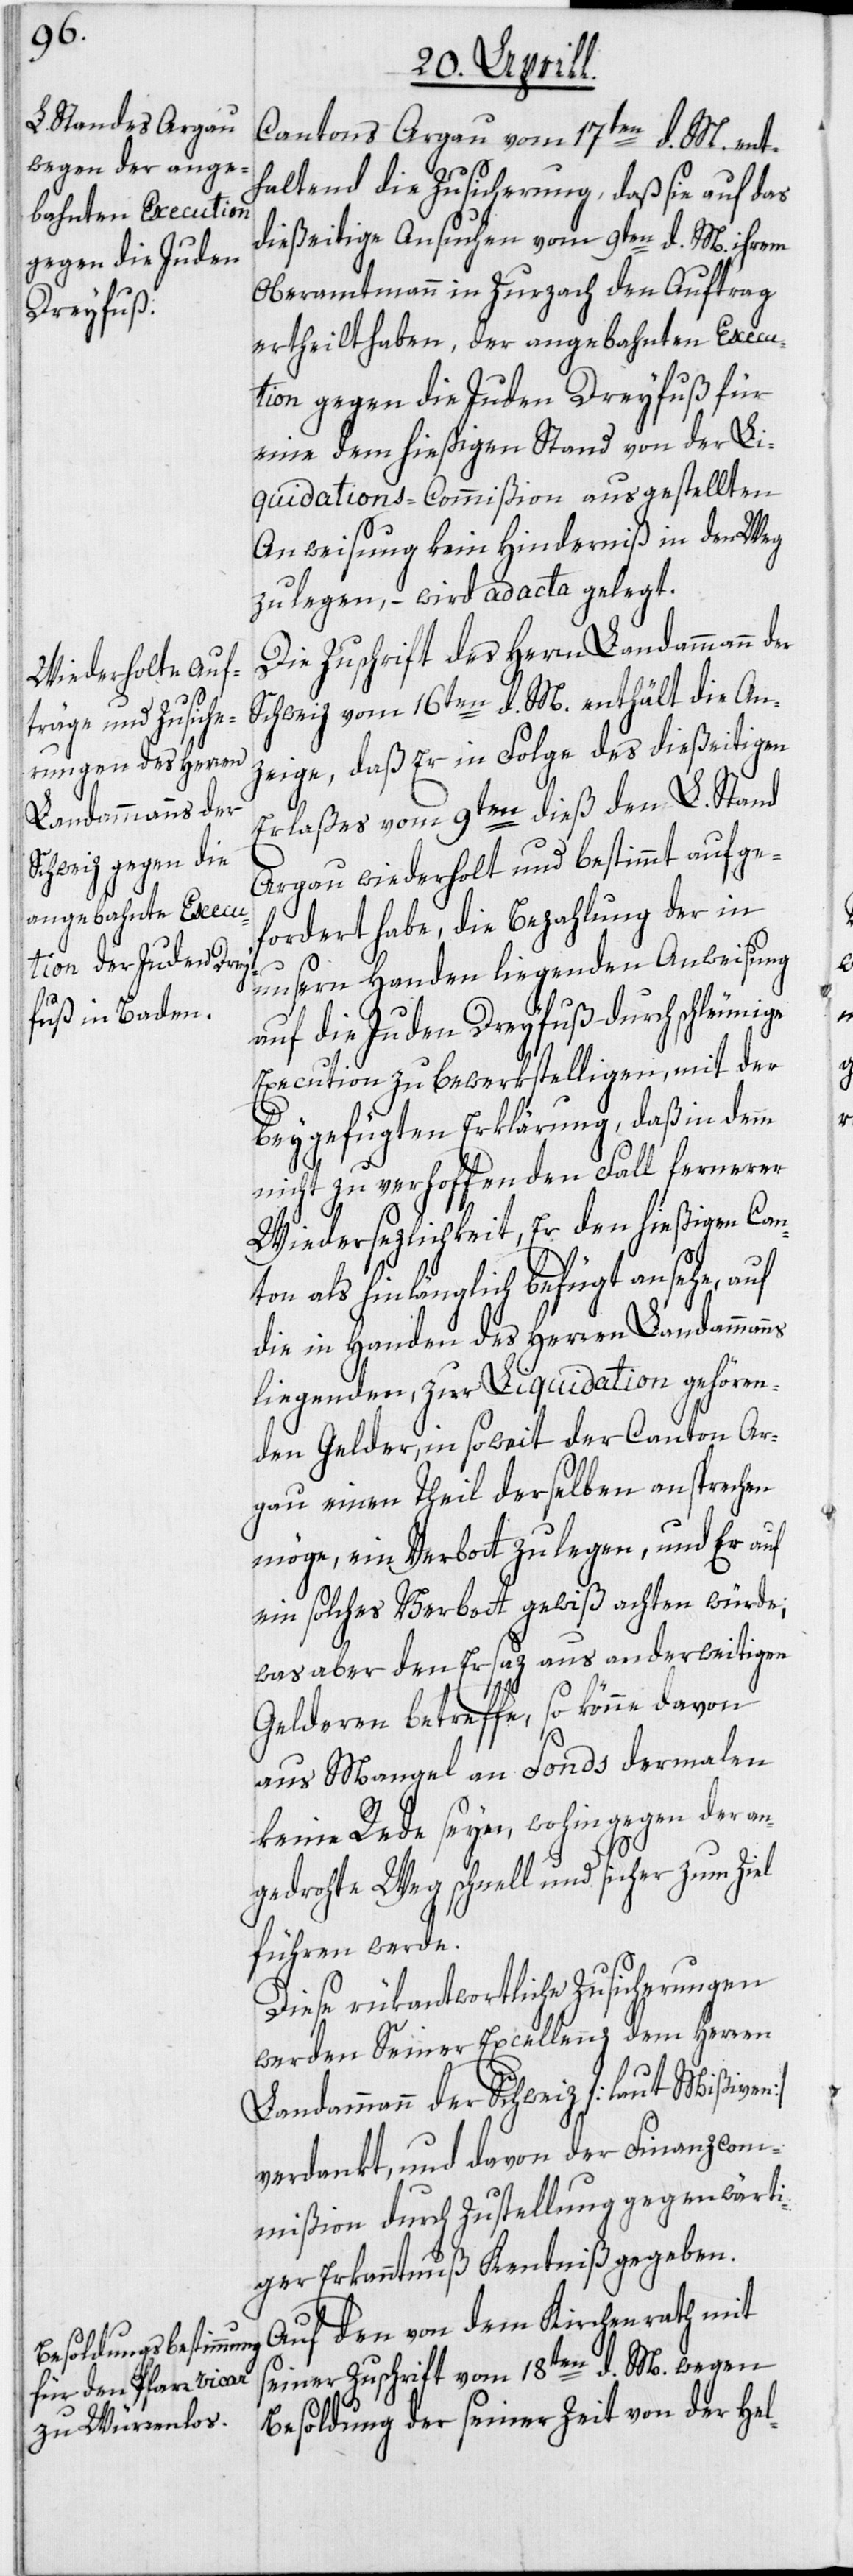
Cantons Argau vom 17ten d. M. enth¬
altend die Zusicherung, daß sie auf das
dießeitige Ansuchen vom 9ten d. M. ihrem
Oberamtmann in Zurzach den Auftrag
ertheilt haben, der angebahnten Execu¬
tion gegen die Juden Dreyfuß für
eine dem hießigen Stand von der Li¬
quidations-Commißion ausgestellten
Anweisung kein Hinderniß in den Weg
zu legen, – wird ad acta gelegt.
Die Zuschrift des Herrn Landammann der
Schweiz vom 16ten d. M. enthält die An¬
zeige, daß Er in Folge des dießeitigen
Erlaßes vom 9ten dieß den L. Stand
Argau wiederholt und bestimmt aufge¬
fordert habe, die Bezahlung der in
unsern Handen liegenden Anweisung
auf die Juden Dreyfuß durch schleuni¬
Execution zu bewerkstelligen, mit der
beygefügten Erklärung, daß in dem
ge
nicht zu verhoffenden Fall fernerer
Wiedersezlichkeit, Er den hießigen Can¬
ton als hinlänglich befügt ansehe, auf
die in Handen des Herren Landammanns
liegenden, zur Liquidation gehören¬
den Gelder, in soweit der Canton Ar¬
gau einen Theil derselben ansprechen
möge, ein Verbott zu legen, und Er auf
ein solches Verbott gewiß achten würde;
was aber den Ersaz aus anderweitigen
Gelderen betreffe, so könne davon
aus Mangel an Fonds dermalen
keine Rede seyn, wohingegen der an¬
gedrohte Weg schnell und sicher zum Ziel
führen werde.
Diese rükantwortliche Zusicherungen
werden Seiner Excellenz dem Herren
Landammann der Schweiz [laut Mißiven]
verdankt, und davon der Finanzcom¬
mißion durch Zustellung gegenwärti¬
ger Erkanntnuß Ken[n]tniß gegeben.
Auf den von dem Kirchenrath mit
seiner Zuschrift vom 18ten d. M. wegen
Besoldung der seiner Zeit von der Hel-